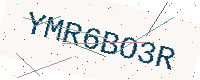
Text: YMR6BO3R